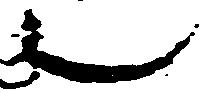
也